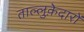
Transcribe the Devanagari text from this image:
ताल्लुक़ेदारों